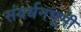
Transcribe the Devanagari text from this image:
संवर्धनभूमी